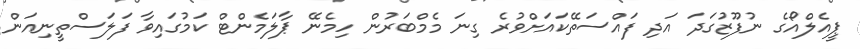
ޕީއެލްއޯގެ ނުފޫޒުގަދަ އަދި ފައްސަތޭކައަށްވުރެ ގިނަ މެމްބަރުން ހިމެނޭ ޕާލަމެންޓް ކަމުގައިވާ ފަލަސްތީނިއަން